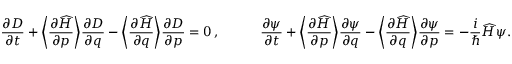
\frac { \partial D } { \partial t } + \bigg \langle \frac { \partial \widehat { H } } { \partial p } \bigg \rangle \frac { \partial D } { \partial q } - \bigg \langle \frac { \partial \widehat { H } } { \partial q } \bigg \rangle \frac { \partial D } { \partial p } = 0 \, , \qquad \quad \frac { \partial \psi } { \partial t } + \bigg \langle \frac { \partial \widehat { H } } { \partial p } \bigg \rangle \frac { \partial \psi } { \partial q } - \bigg \langle \frac { \partial \widehat { H } } { \partial q } \bigg \rangle \frac { \partial \psi } { \partial p } = - \frac { i } \hbar \widehat { H } \psi .